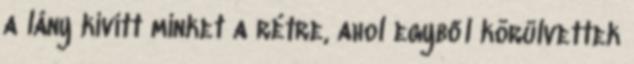
a lány kivitt minket a rétre, ahol egyből körülvettek